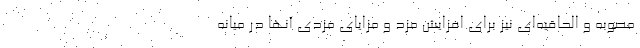
مصوبه و الحاقیه‌ای نیز برای افزایش مزد و مزایای مزدی آنها در میانه